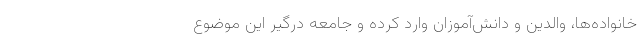
خانواده‌ها، والدین و دانش‌آموزان وارد کرده و جامعه درگیر این موضوع